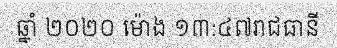
ឆ្នាំ ២០២០ ម៉ោង ១៣:៤៧រាជធានី